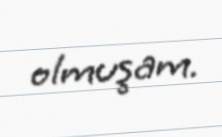
olmuşam.